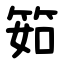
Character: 筎